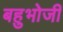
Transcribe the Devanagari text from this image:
बहुभोजी